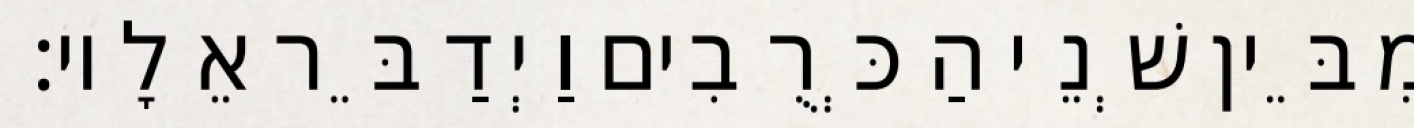
מִבֵּין שְׁנֵי הַכְּרֻבִים וַיְדַבֵּר אֵלָיו׃